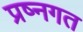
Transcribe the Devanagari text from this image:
प्रष्नगत